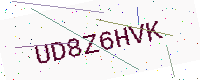
Text: UD8Z6HVK